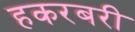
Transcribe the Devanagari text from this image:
हकरबरी